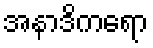
အနာဒိကရော